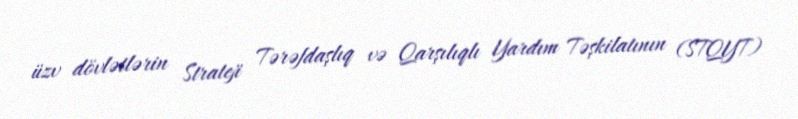
üzv dövlətlərin Strateji Tərəfdaşlıq və Qarşılıqlı Yardım Təşkilatının (STQYT)